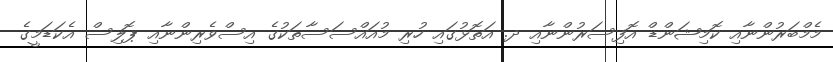
މެމްބަރުންނާއި ކޮމިޝަންޑް އޮފިސަރުންނާއި ދ. އަތޮޅުގައި ހުރި މުއައްސަސާތަކުގެ އިސްވެރިންނާއި ޕޮލިސް އެކަޑަމީގެ